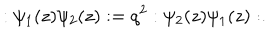
: \psi _ { 1 } ( z ) \psi _ { 2 } ( z ) : = q ^ { 2 } : \psi _ { 2 } ( z ) \psi _ { 1 } ( z ) : .